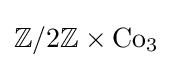
\mathbb {Z} /2\mathbb {Z} \times \mathrm {Co} _{3}